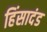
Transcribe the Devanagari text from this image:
हिंसादंड